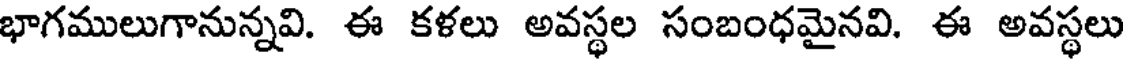
భాగములుగానున్నవి. ఈ కళలు అవస్థల సంబంధమైనవి. ఈ అవస్థలు